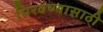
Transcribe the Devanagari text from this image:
मिरवण्यासाठी